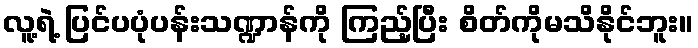
လူ့ရဲ့ ပြင်ပပုံပန်းသဏ္ဍာန်ကို ကြည့်ပြီး စိတ်ကိုမသိနိုင်ဘူး။